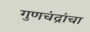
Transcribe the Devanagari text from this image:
गुणचंद्रांचा